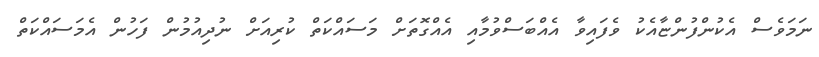
ނަމަވެސް އެކުންފުންޏާއެކު ވެފައިވާ އެއްބަސްވުމާއި އެއްގޮތަށް މަސައްކަތް ކުރިއަށް ނުދިއުމުން ފަހުން އެމަސައްކަތް